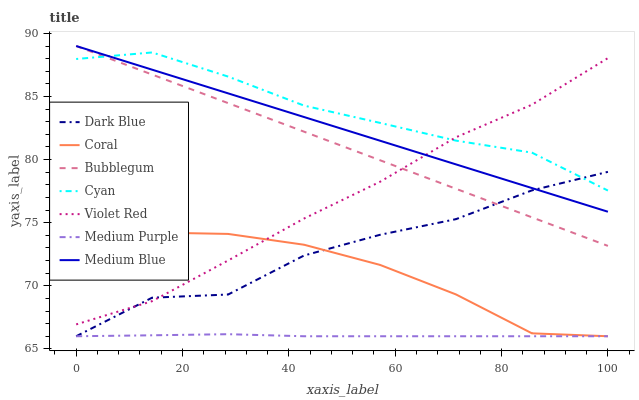
| xaxis_label | Dark Blue | Coral | Bubblegum | Cyan | Violet Red | Medium Purple | Medium Blue |
 | --- | --- | --- | --- | --- | --- | --- | --- |
 | 0 | 66 | 73.6 | 89 | 88 | 66.9 | 66 | 89 |
 | 14.3 | 69.1 | 74.2 | 86.7 | 88.5 | 68.8 | 66.1 | 87.1 |
 | 28.6 | 69.3 | 74.1 | 84.5 | 86.6 | 72 | 66.2 | 85.2 |
 | 42.9 | 72.4 | 73.3 | 82.2 | 84.3 | 75.3 | 66 | 83.4 |
 | 57.1 | 74 | 71.7 | 79.9 | 82.9 | 78.2 | 66 | 81.5 |
 | 71.4 | 75.3 | 69.3 | 77.7 | 81.5 | 81.8 | 66 | 79.6 |
 | 85.7 | 77.6 | 66.2 | 75.4 | 80.5 | 84.3 | 66 | 77.7 |
 | 100 | 79 | 66 | 73.2 | 77.5 | 88 | 66 | 75.9 |